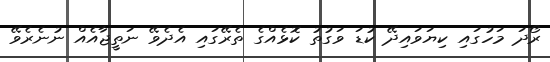
ރޯދަ މަހުގައި ކިޔަވައިދޭ ކުޑަ ވަގުތު ކޮޅެއްގެ ތެރޭގައި އެދެވޭ ނަތީޖާއެއް ނުނެރެވޭ